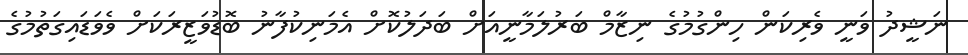
ނަޝީދު ވަނީ ވެރިކަން ހިންގުމުގެ ނިޒާމް ބަރުލަމާނީއަށް ބަދަލުކޮށް އެމަނިކުފާނު ބޮޑުވަޒީރަކަށް ވެވަޑައިގަތުމުގެ